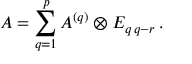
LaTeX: A = \sum _ { q = 1 } ^ { p } A ^ { ( q ) } \otimes E _ { q \, q - r } \, .